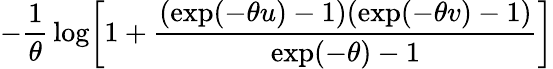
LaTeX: -{\frac{1}{\theta}}\log\! \left[1+{\frac{(\exp(-\theta u)-1)(\exp(-\theta v)-1)}{\exp(-\theta)-1}}\right]